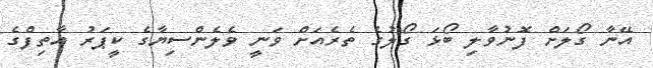
އޭނާ ގޯލަށް ފޮނުވާލި ބޯޅަ ގޯލުގެ ތެރެއަށް ވަނީ ވެލެންސިޔާގެ ކީޕަރު އާތިފްގެ